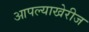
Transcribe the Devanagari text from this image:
आपल्याखेरीज